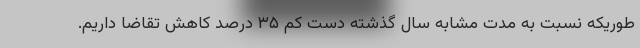
طوریکه نسبت به مدت مشابه سال گذشته دست کم ۳۵ درصد کاهش تقاضا داریم.